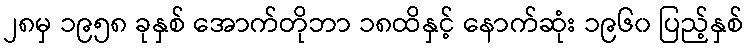
၂၈မှ ၁၉၅၈ ခုနှစ် အောက်တိုဘာ ၁၈ထိနှင့် နောက်ဆုံး ၁၉၆၀ ပြည့်နှစ်